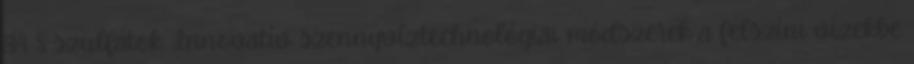
34 S szulfátok. Innovatív szennyvíztechnológiai módszerek a felszíni vizekbe